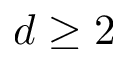
d \geq 2